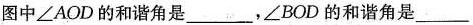
图中\angle AOD的和谐角是___，\angle BOD的和谐角是___